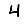
Digit: 4